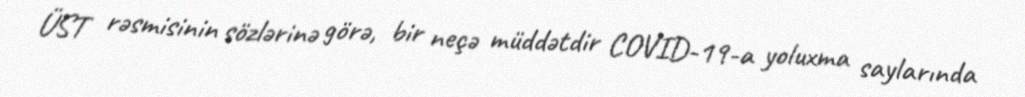
ÜST rəsmisinin sözlərinə görə, bir neçə müddətdir COVID-19-a yoluxma saylarında